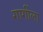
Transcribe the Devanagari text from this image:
गार्गीला